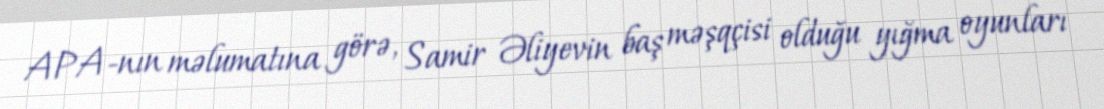
APA-nın məlumatına görə, Samir Əliyevin baş məşqçisi olduğu yığma oyunları